Report on plague in the Punjab from October 1st ... to September 30th ..., being the ... season of plague in the province
Disease focus: Plague
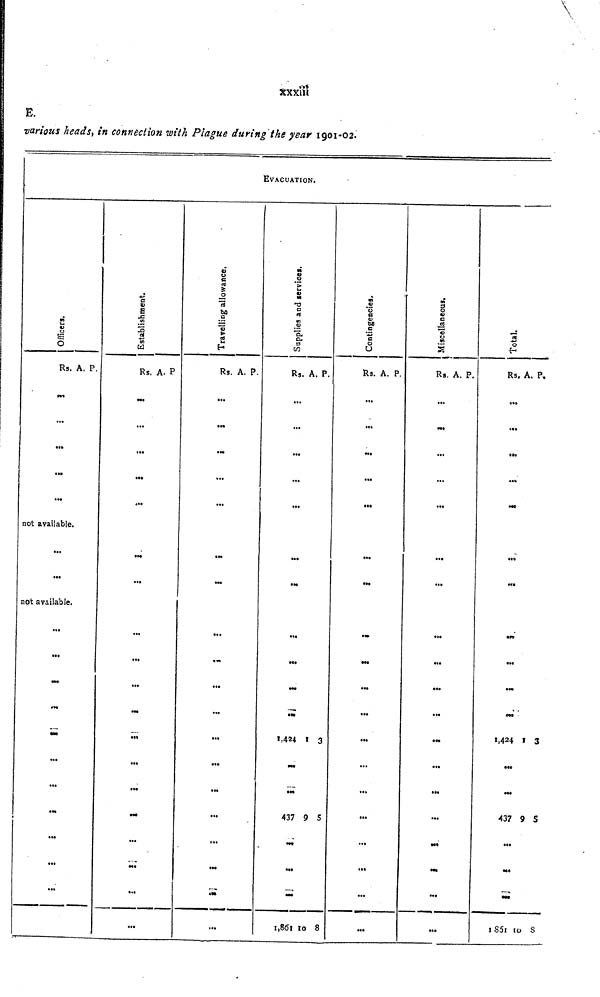
xxxiii
E.
various heads, in connection with Plague during the year 1901-02.
EVACUATION.
Officers.
Rs.
...
...
...
•••
...
A. P.
not available.
...
...
not available.
...
...
...
...
...
...
...
...
...
Establishment.
Rs.
...
...
...
...
...
...
...
...
...
...
...
...
...
...
...
...
...
...
...
A. P
Travelling allowance.
Rs.
...
...
...
...
...
...
...
...
...
...
...
...
...
...
...
...
...
...
...
A. P.
Supplies and services.
Rs.
...
...
...
...
...
...
...
...
...
...
...
...
1,424
...
...
437
...
...
...
1,861
A.
1
9
10
P.
3
5
8
Contingencies.
Rs.
...
...
...
...
...
...
...
...
...
...
...
...
...
...
...
...
...
...
A. P.
Miscellaneous.
Rs.
...
...
...
...
...
...
...
...
...
...
...
...
...
...
...
...
...
...
...
...
...
...
...
...
A. P.
Total.
Rs.
...
...
...
...
...
...
...
...
......
...
...
1,424
...
...
437
...
...
...
1851
A.
1
9
10
P.
3
5
8